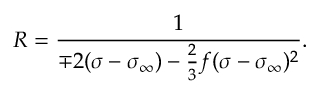
R = \frac { 1 } { \mp 2 ( \sigma - \sigma _ { \infty } ) - \frac { 2 } { 3 } f ( \sigma - \sigma _ { \infty } ) ^ { 2 } } .